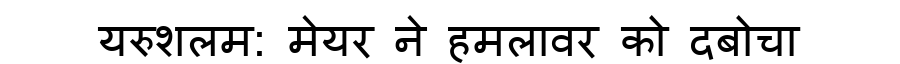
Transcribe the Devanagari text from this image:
यरुशलम: मेयर ने हमलावर को दबोचा